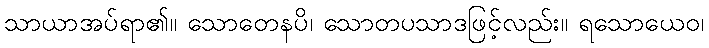
သာယာအပ်ရာ၏။ သောတေနပိ၊ သောတပသာဒဖြင့်လည်း။ ရသောယေဝ၊